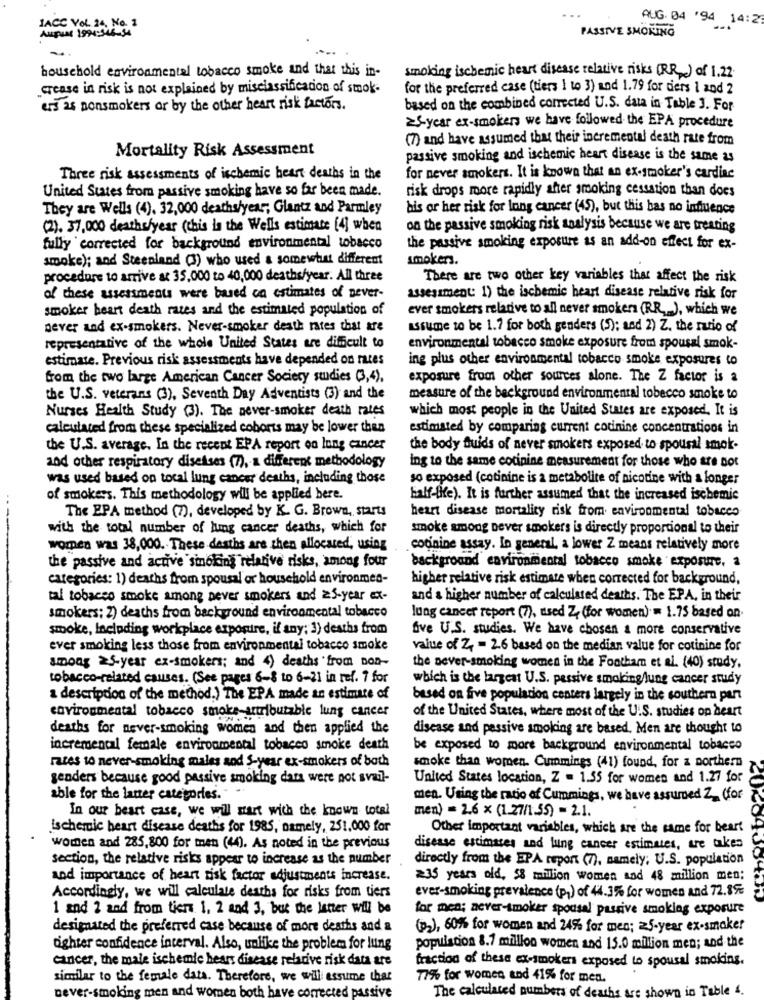
AUG. 04 '94 14:2
IACC Vol. 24, No. 1
AUPUN 1994:346-34
PASSIVE SMOKING
household environmental tobacco smoke and that this in-
smoking ischemic heart disease relative risks (RR) of 1.22.
crease in risk is not explained by misclassification of smok-
for the preferred case (tiers 1 to 3) and 1.79 for diers 1 and 2
ers as nonsmokers or by the other heart risk factors.
based on the combined corrected U.S. data in Table J. For
>Sycar ex-smokers we have followed the EPA procedure
(7) and have assumed that their incremental death rate from
Mortality Risk Assessment
passive smoking and ischemic heart disease is the same as
Three risk assessments of ischemic heart deaths in the
for never smokers. It is known that an ex-smoker's cardiac
United States from passive smoking have so far been made.
risk drops more rapidly after smoking cessation than does
They are Wells (4). 32,000 deaths/year; Glantz and Parmley
his or her risk for lung cancer (45), but this bas no influence
(2). 37,000 deaths/year (this is the Wells estimate [4] when
on the passive smoking risk analysis because we are treating
fully corrected for background environmental tobacco
the passive smoking exposure as an add-on effect for ex-
smoke); and Steenland (3) who used a somewhat different
smokers.
procedure to arrive at 35,000 to 40,000 deaths/year. All three
There are two other key variables that affect the risk
of these assessments were based on estimates of never-
assessment: 1) the ischemic heart disease relative risk for
smoker heart death rates and the estimated population of
ever smokers relative to all never smokers (RR, ), which we
never and ex-smokers. Never-smoker death rates that are
assume to be 1.7 for both genders (5); and 2) Z. the ratio of
representative of the whole United States are difficult to
environmental tobacco smoke exposure from spousal smok-
estimate. Previous risk assessments have depended on rates
ing plus other environmental tobacco smoke exposures to
from the two large American Cancer Society studies (3,4),
exposure from other sources alone. The Z factor is a
the U.S. veterans (3), Seventh Day Adventists (3) and the
measure of the background environmental tobecco smoke to
Nurses Health Study (3). The never-smoker death rates
which most people in the United States are exposed. It is
calculated from these specialized coboris may be lower then
estimated by comparing current cocinine concentrations in
the U.S. average. In the recent EPA report on lung cancer
the body fluids of never smokers exposed to spousal smok-
and other respiratory diseases (7), a different methodology
ing to the same cotinine measurement for those who are not
was used based on tocal lung cancer deaths, including those
so exposed (cotinine is a metabolite of nicotine with a longer
of smokers. This methodology will be applied bere.
half-(e). It is further assumed that the increased ischemic
The EPA method (7), developed by K. G. Brown, starts
heart disease mortality risk from environmental tobacco
with the total number of lung cancer deaths, which for
smoke among never smokers is directly proportional to their
women was 38,000. These dasths are then allocated, using
cotinine assay. In general, a lower Z means relatively more
the passive and active sinoking relative risks, among four
background environmental tobacco smoke exposure, a
categories: 1) deaths from spousal or household environmen-
higher relative risk estimate when corrected for background,
tal tobacco smoke among never smokers and 25-year ex-
and a higher number of calculated deaths. The EPA, in their
smokers; 2) deaths from background environmental tobacco
lung cancer report (7), used Z, (for women) = 1.75 based on
smoke, Including workplace exposure, if any; 3) deaths from
five U.S. studies. We have chosen & more conservative
ever smoking less those from environmental tobacco smoke
value of Z4 - 2.6 based on the median value for cotinine for
among 25-year ex-smokers; and 4) deaths from non-
the never-smoking women in the Footham et al. (40) study,
tobacco-related causes. (See pages 6-8 to 6-21 in ref. 7 for
which is the largest U.S. pessive smoking lung cancer study
a description of the method.) The EPA made an estimate of
based on five population centers largely in the southern part
environmental tobacco smoke-attributable lung cancer
of the United States, where most of the U.S. studies op heart
deaths for never-smoking women and then applied the
disease and passive smoking are based. Men are thought to
incremental female environmental tobacco smoke death
be exposed to more background environmental tobacco
rates to never-smoking males and 5-year ex-smokers of both
smoke than women. Cummings (41) found, for a northern
genders because good passive smoking dans were not svail-
United States location, Z = 1.55 for women and 1.27 for
able for the latter categories."
men. Using the ratio of Cummings, we have assured Z (for
In our beart case, we will start with the known totel
men) = 2.6 x (1.27/1.55) = 2.1.
ischemic heart disease deaths for 1985, namely, 251,000 for
Other important variables, which are the same for beart
women and 285,800 for men (4). As noted in the previous
disease estimates and lung cancer estimates, are takes
section, the relative risks appear to increase as the number
directly from the EPA report (7), namely; U.S. population
and importance of heart risk factor adjustments increase.
235 years old, 58 million women and 48 million men:
Accordingly, we will calculate deaths for risks from tiers
ever-smoking prevalence (p) of 44.3% for women and 72.8%
1 and 2 and from tiers. 1. 2 and 3, but the latter will be
for men; never-smoker spousal passive smoklag exposure
designated the preferred case because of more deaths and a
(02), 60% for women and 24% for mec; 25-year ex-smaker
dighter confidence interval. Also, unlike the problem for lung
population 8.7 million women and 15.0 million men; and the
cancer, the male ischemie hears disease relative risk data are
fraction of these ex-smokers exposed to spousal smoking.
similar to the female data. Therefore, we will assume that
77% for women and 41% for men.
never-smoking men and women both have corrected passive
The calculated numbers of death
in Table 4.